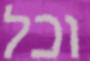
וכל